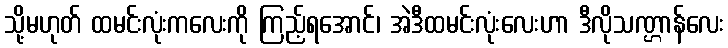
သို့မဟုတ် ထမင်းလုံးကလေးကို ကြည့်ရအောင်၊ အဲဒီထမင်းလုံးလေးဟာ ဒီလိုသဏ္ဌာန်လေး